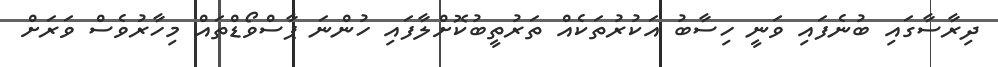
ދިރާސާގައި ބުނެފައި ވަނީ ހިސާބު އަކުރުތަކެއް ތަރުތީބުކޮށްލާފައި ހުންނަ ޕާސްވޯޑްތައް މިހާރުވެސް ވަރަށް